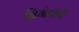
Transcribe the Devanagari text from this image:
ब्रिगेडांनी